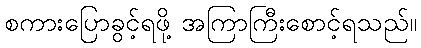
စကားပြောခွင့်ရဖို့ အကြာကြီးစောင့်ရသည်။